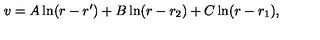
v = A \ln ( r - r ^ { \prime } ) + B \ln ( r - r _ { 2 } ) + C \ln ( r - r _ { 1 } ) ,